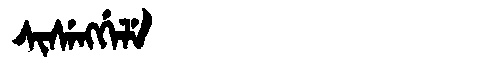
Manchu: ᠰᡳᠰᡝᠩᡤᡝᠯᡝ
Romanization: SISENGGELE